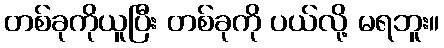
တစ်ခုကိုယူပြီး တစ်ခုကို ပယ်လို့ မရဘူး။